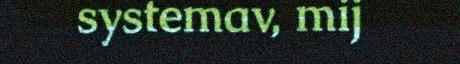
systemav, mij